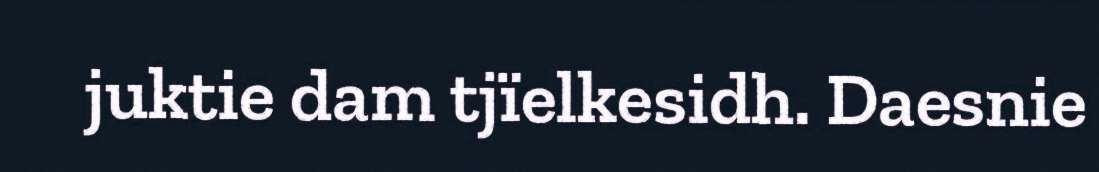
juktie dam tjïelkesidh. Daesnie